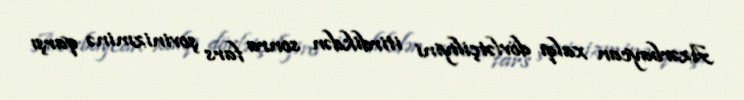
Azərbaycan xalqı dövlətçiliyini itirdikdən sonra fars şovinizminə qarşı